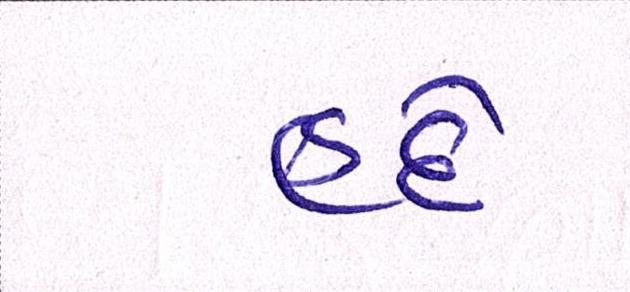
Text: હદે